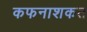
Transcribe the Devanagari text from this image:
कफनाशकत